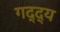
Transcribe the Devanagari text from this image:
गद्द्य